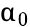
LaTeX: \upalpha_{0}